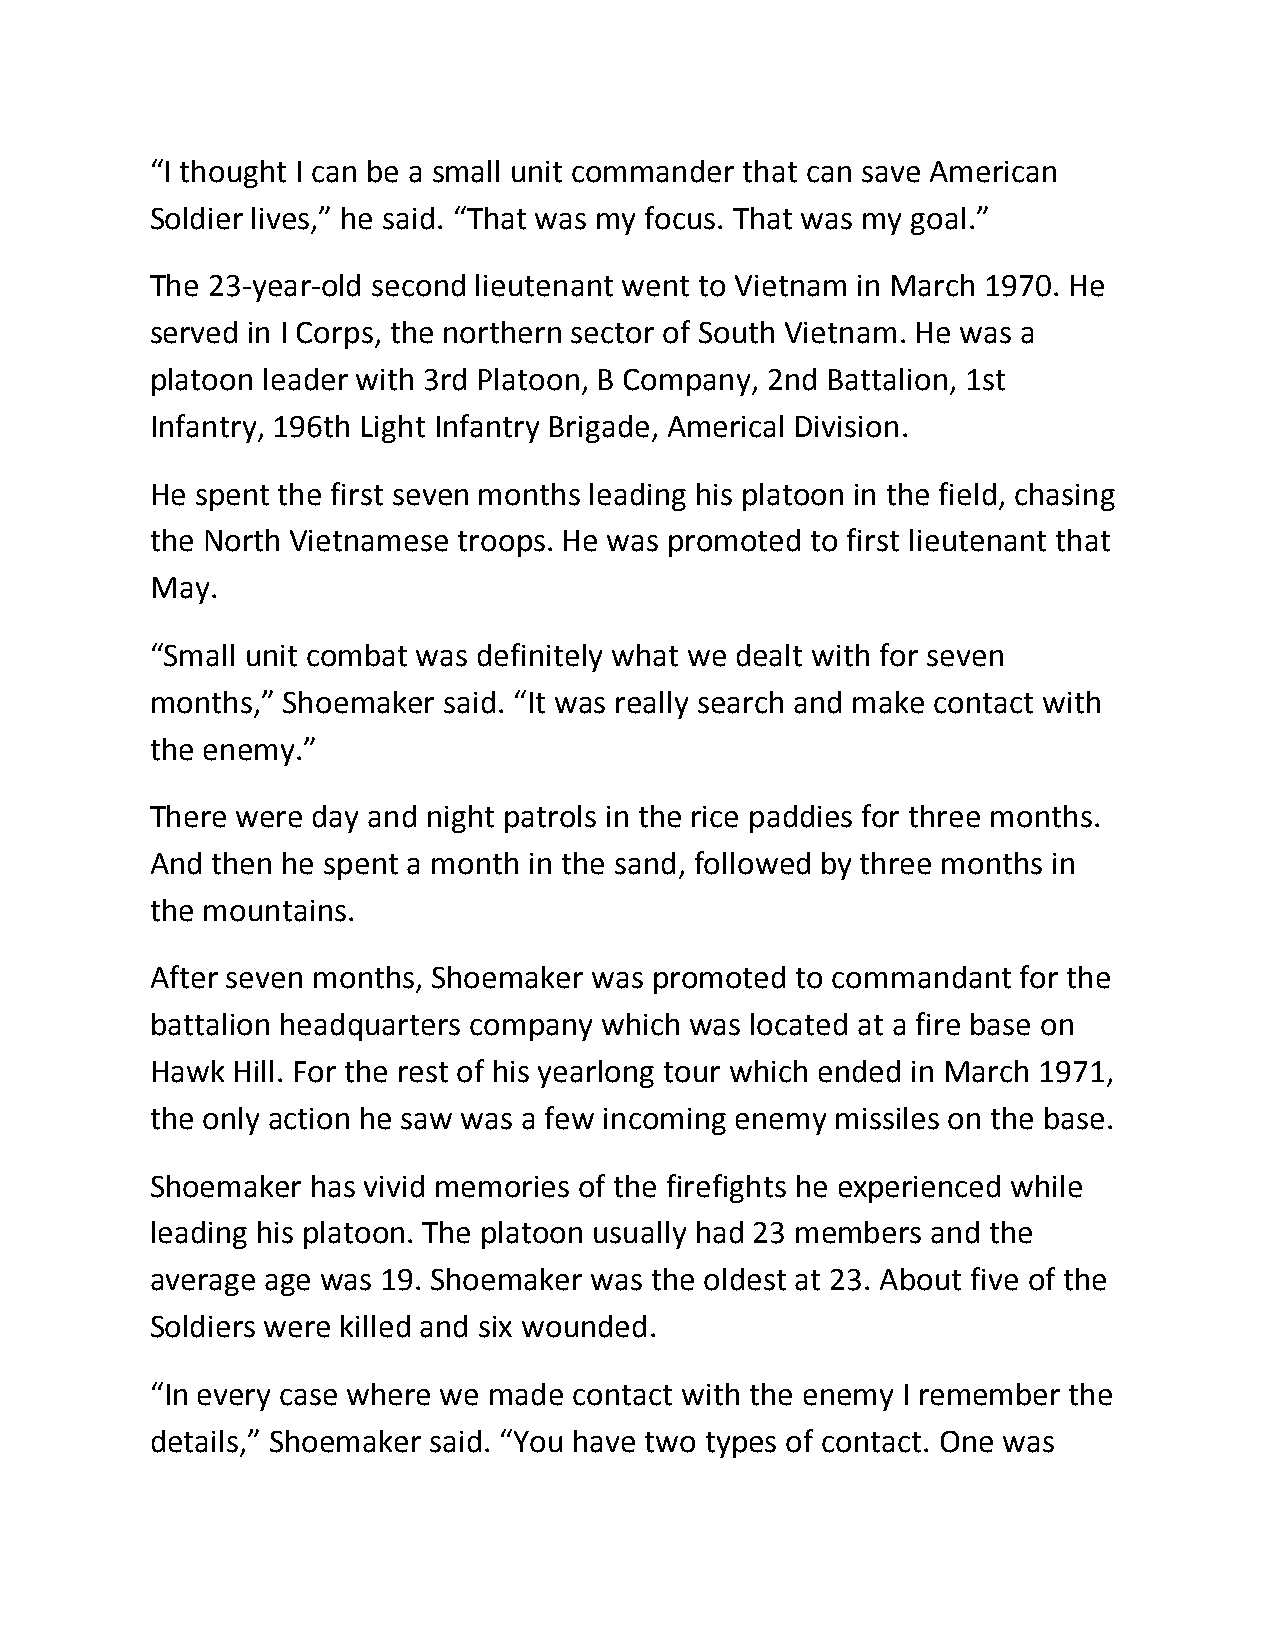
“I thought I can be a small unit commander that can save American
 Soldier lives,” he said. “That was my focus. That was my goal.”
 The 23-year-old second lieutenant went to Vietnam in March 1970. He
 served in I Corps, the northern sector of South Vietnam. He was a
 platoon leader with 3rd Platoon, B Company, 2nd Battalion, 1st
 Infantry, 196th Light Infantry Brigade, Americal Division.
 He spent the first seven months leading his platoon in the field, chasing
 the North Vietnamese troops. He was promoted to first lieutenant that
 May.
 “Small unit combat was definitely what we dealt with for seven
 months,” Shoemaker said. “It was really search and make contact with
 the enemy.”
 There were day and night patrols in the rice paddies for three months.
 And then he spent a month in the sand, followed by three months in
 the mountains.
 After seven months, Shoemaker was promoted to commandant  for the
 battalion headquarters company which was located at a fire base on
 Hawk Hill. For the rest of his yearlong tour which ended in March 1971,
 the only action he saw was a few incoming enemy missiles on the base.
 Shoemaker  has vivid memories of the firefights he experienced while
 leading his platoon. The platoon usually had 23 members and the
 average age was 19. Shoemaker was the oldest at 23. About five of the
 Soldiers were killed and six wounded.
 “In every case where we made contact with the enemy I remember the
 details,” Shoemaker said. “You have two types of contact. One was